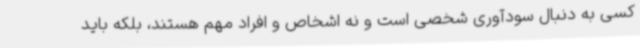
کسی به دنبال سودآوری شخصی است و نه اشخاص و افراد مهم هستند، بلکه باید